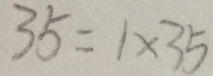
3 5 = 1 \times 3 5